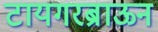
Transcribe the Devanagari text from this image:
टायगरब्राऊन